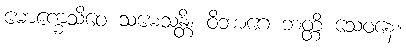
မောက္ခေသိဝေ သမေသန္တိ၊ ဝိဘာဂေ ဘတ္တိ သေဝနေ။